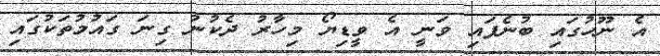
އެ ނޫހުގައި ބުނެފައި ވަނީ އެ ވީޑިޔޯ މިހާރު ދެކުނު ގިނަ ގައުމުތަކުގައި